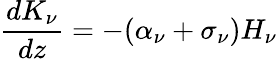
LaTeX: {\frac{dK_{\nu}}{dz}}=-(\alpha_{\nu}+\sigma_{\nu})H_{\nu}